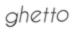
ghetto